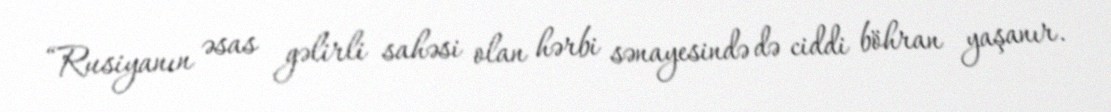
“Rusiyanın əsas gəlirli sahəsi olan hərbi sənayesində də ciddi böhran yaşanır.